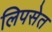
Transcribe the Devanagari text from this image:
लिपसेत